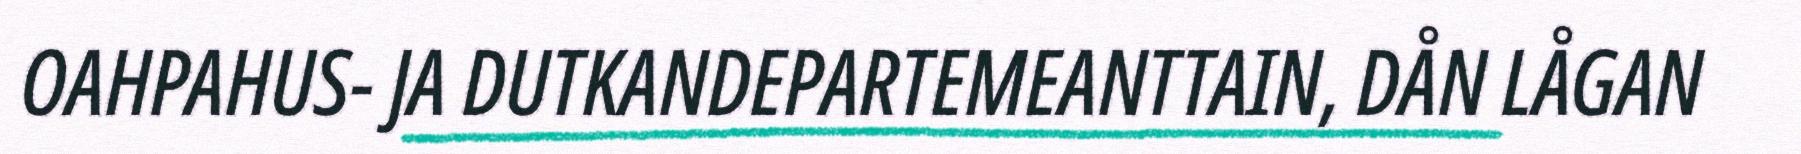
OAHPAHUS- JA DUTKANDEPARTEMEANTTAIN, DÅN LÅGAN